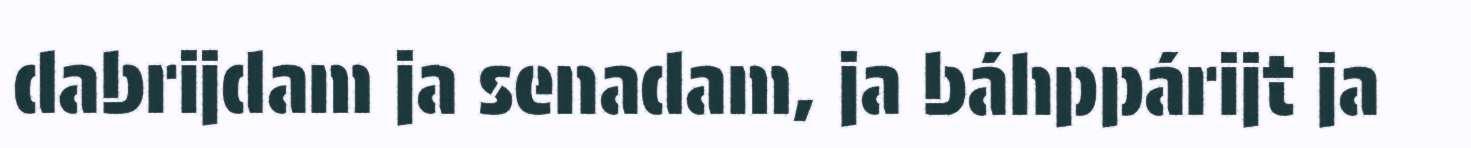
dabrijdam ja senadam, ja báhppárijt ja